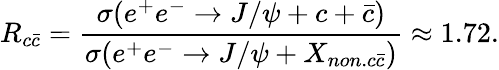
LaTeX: R_{c\bar{c}}=\frac{\sigma(e^{+}e^{-}\to J/\psi+c+\bar{c})}{\sigma(e^{+}e^{-}\to J/\psi+X_{non.c\bar{c}})}\approx 1.72.